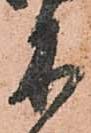
木